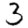
Digit: 3